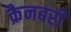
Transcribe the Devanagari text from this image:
क्रैनबरी